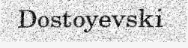
Dostoyevski